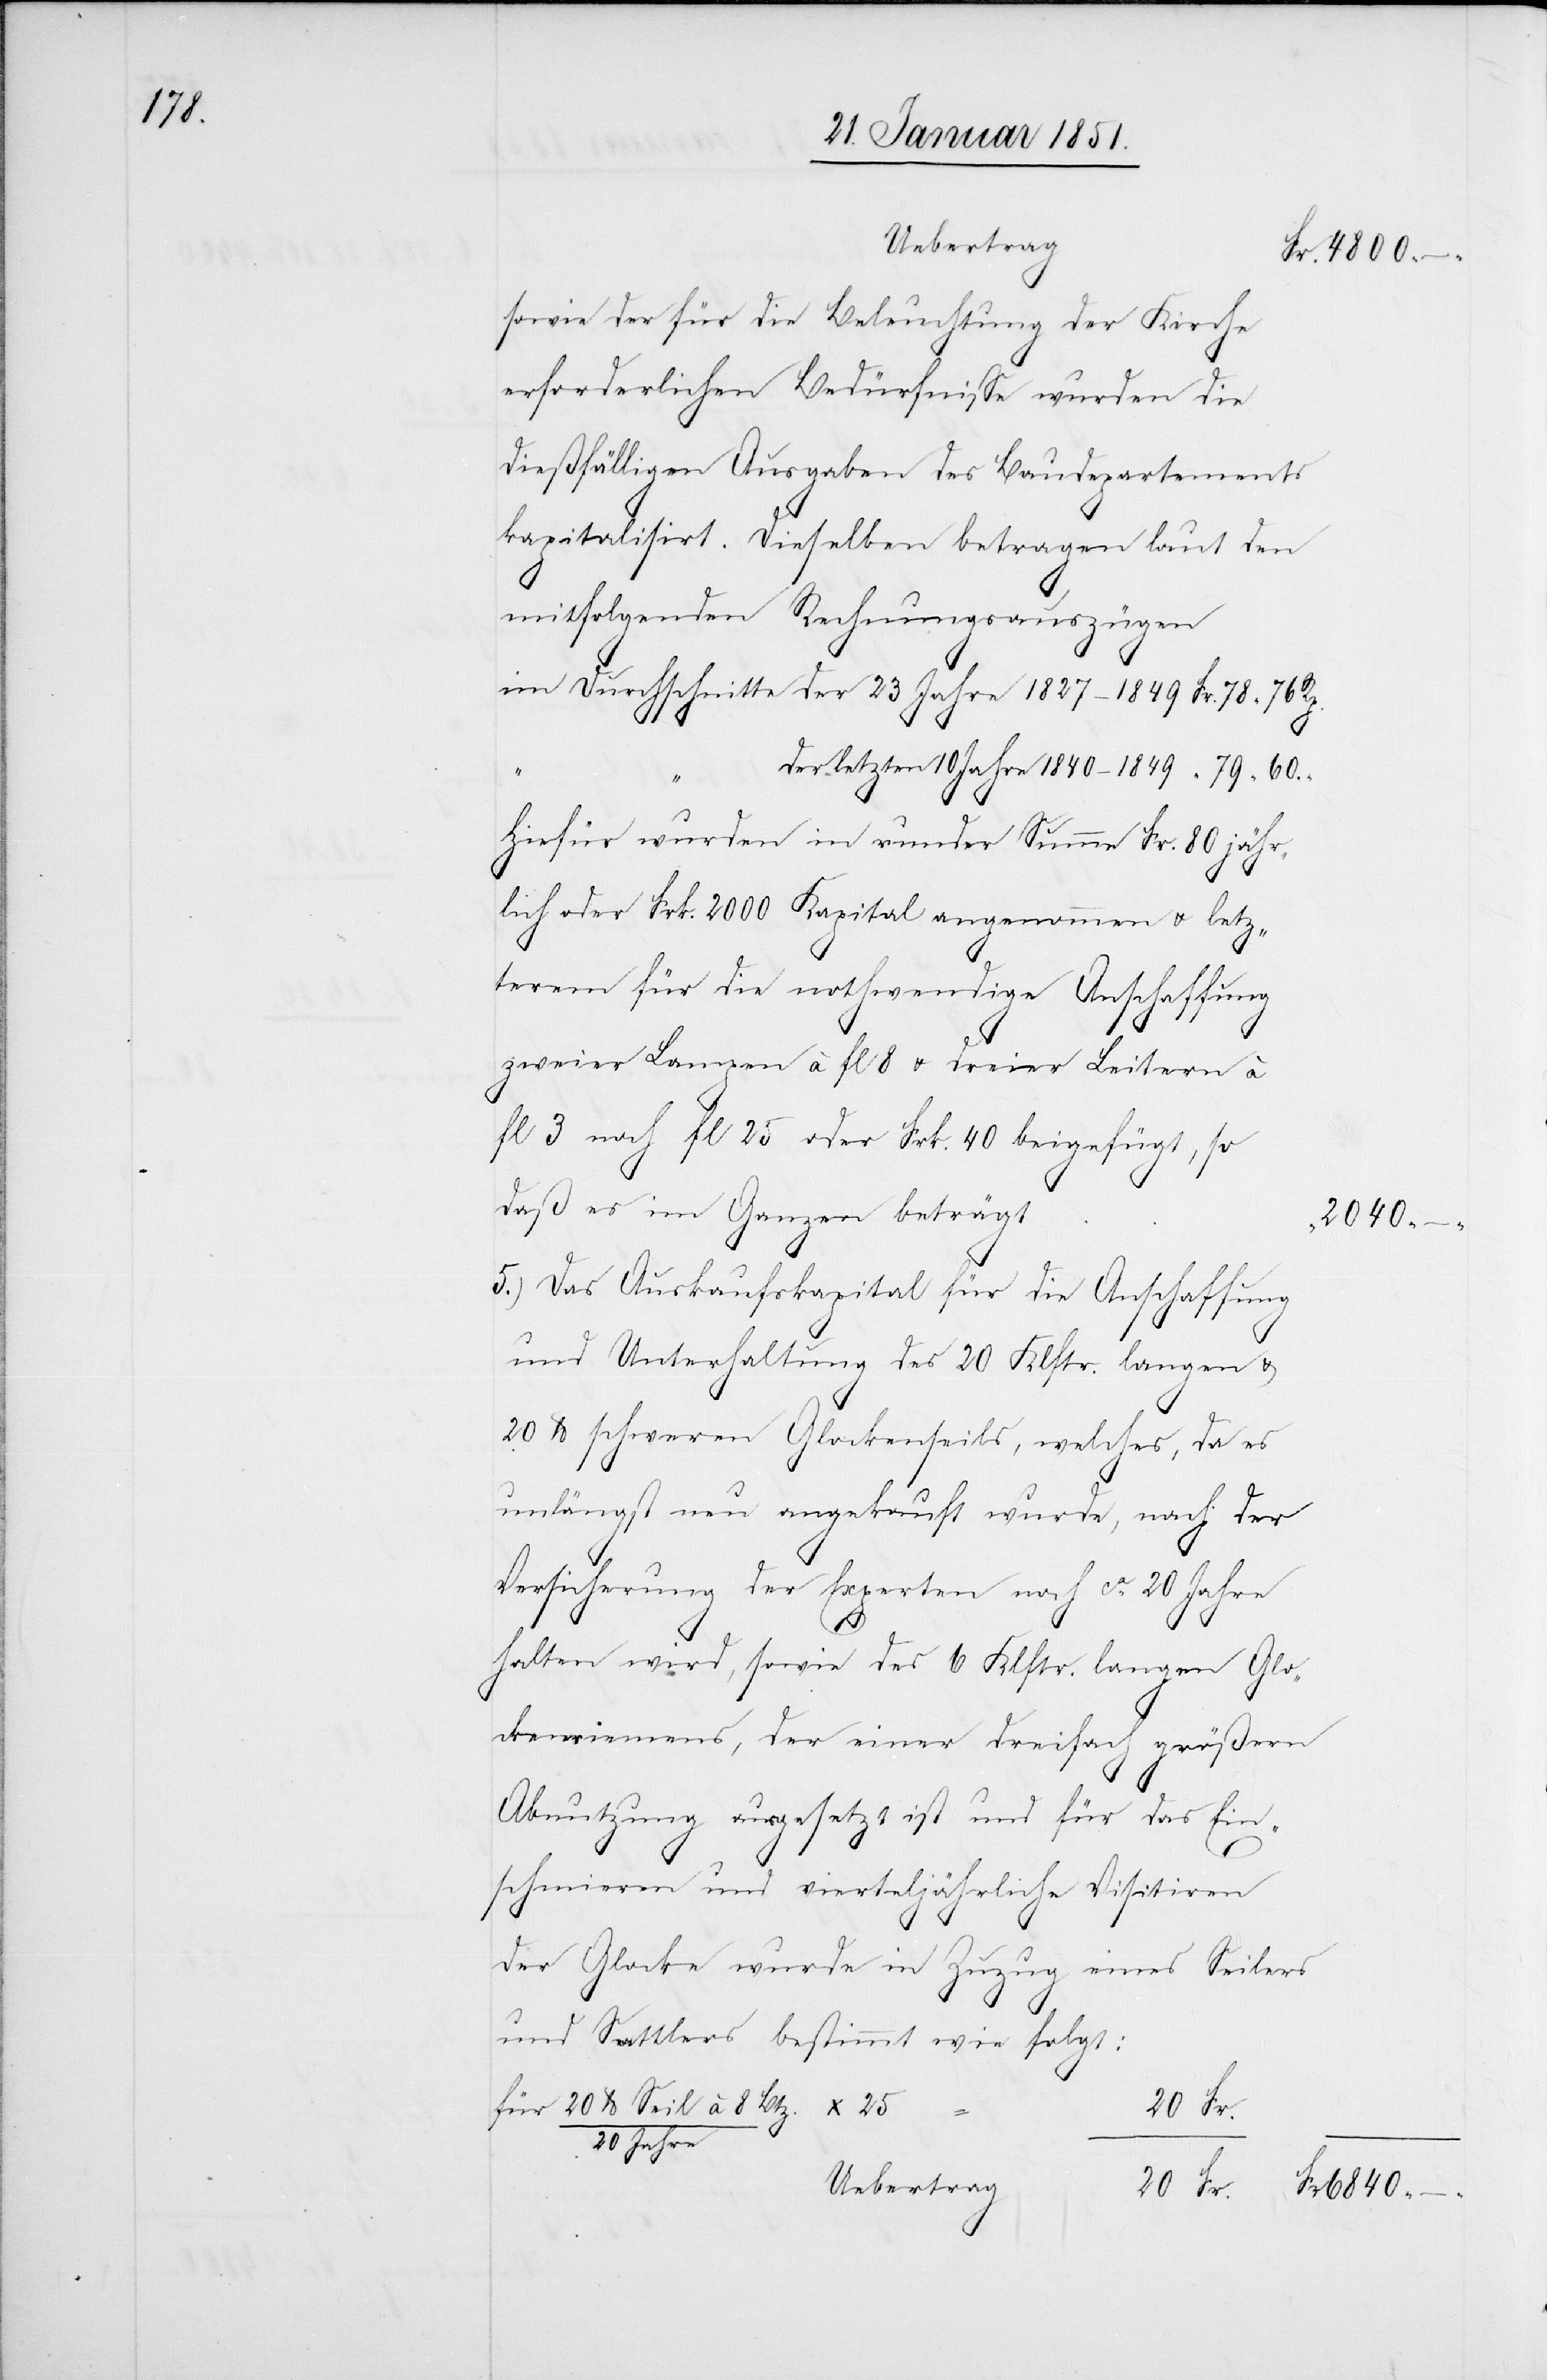
6840

sowie der für die Beleuchtung der Kirche
erforderlichen Bedürfnisse wurden die
dießfälligen Ausgaben des Baudepartements
der
kapitalisirt. Dieselben betragen laut den
x
25
mitfolgenden Rechnungsauszügen
im Durchschnitte der 23 Jahre 1827–1849
Hiefür wurden in runder Summe Fr. 80 jähr¬
lich oder Frk. 2000 Kapital angenommen u. letz¬
terem für die nothwendige Anschaffung
zweier Lampen à fl 8 u. dreier Leitern à
fl 3 noch fl 25 oder Frk. 40 beigefügt, so
daß es im Ganzen beträgt
2040
Das Auskaufskapital für die Anschaffung
und Unterhaltung des 20 Klftr. langen &
20 lb. schweren Glockenseils, welches, da es
unlängst neu angekauft wurde, nach der
Versicherung der Experten noch ca. 20 Jahre
Fr.
Fr.
halten wird, sowie des 6 Klftr. langen Glo¬
ckenriemens, der einer dreifach größern
Abnutzung ausgesetzt ist und für das Ein¬
schmieren und vierteljährliche Visitiren
20
der Glocke wurde in Zuzug eines Seilers
und Sattlers bestimmt wie folgt:
für 20 lb. Seil à 8 Btz. /
20 Jahre
Uebertrag

–